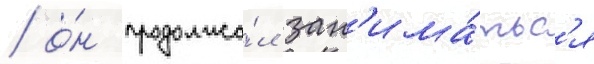
/ о́н продолжа́л зан'има́тьс'я